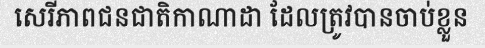
សេរីភាពជនជាតិកាណាដា ដែលត្រូវបានចាប់ខ្លួន